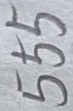
Text: 555